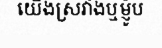
យើងស្រវាំងឬម្ញ៉ូប